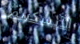
الآيسكريم